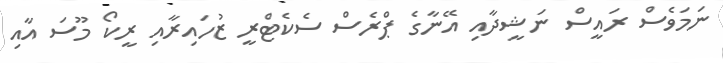
ނަމަވެސް ރައީސް ނަޝީދާއި އޭނާގެ ޕްރެސް ސެކެޓްރީ ޒުހައިރާއި ރީކޯ މޫސަ އާއި